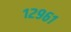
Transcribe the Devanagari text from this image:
१२९६१